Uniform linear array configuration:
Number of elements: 8
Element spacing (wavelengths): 1
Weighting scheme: binomial
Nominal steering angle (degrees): -15
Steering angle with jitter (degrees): -14.777
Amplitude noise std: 0.05
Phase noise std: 0.05

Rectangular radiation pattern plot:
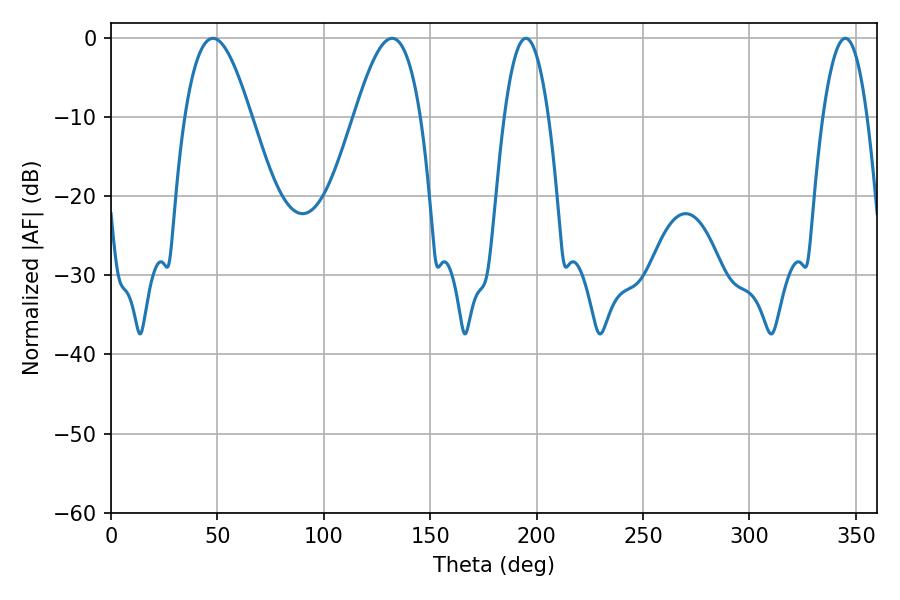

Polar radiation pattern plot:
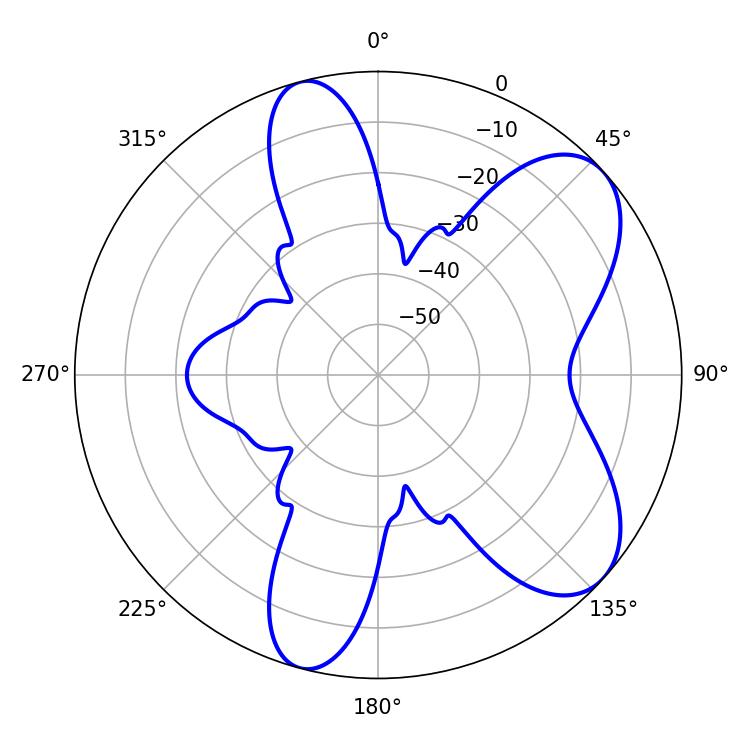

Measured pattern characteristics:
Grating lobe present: TRUE
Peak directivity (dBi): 7.284
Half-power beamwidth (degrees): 11.34
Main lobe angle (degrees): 194.94